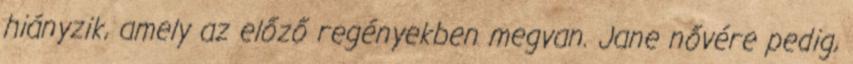
hiányzik, amely az előző regényekben megvan. Jane nővére pedig,